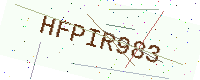
Text: HFPIR983